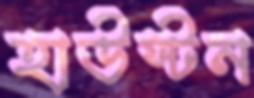
হাউস্টন